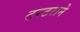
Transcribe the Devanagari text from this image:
टरटराने